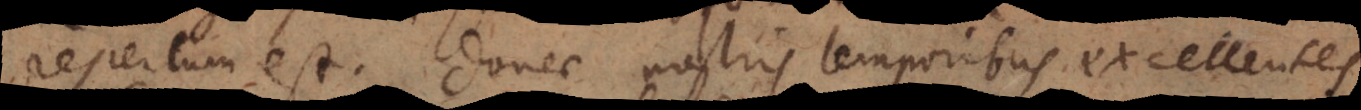
repertum est, donec nostris temporibus summi